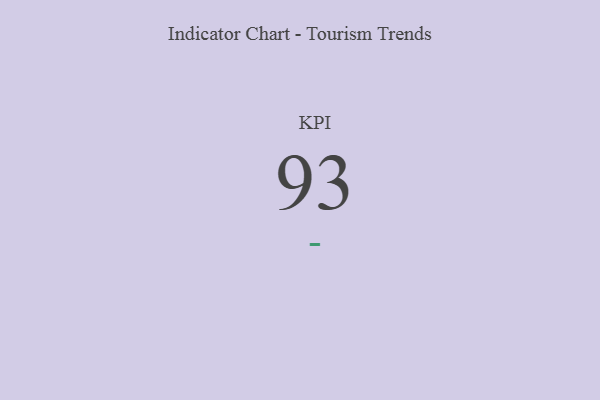
{"axis": {"x": "KPI", "y": "Value"}, "legend": [""], "data": [{"x": "KPI", "y": 93, "type": ""}]}